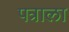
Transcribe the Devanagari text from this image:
पत्राला